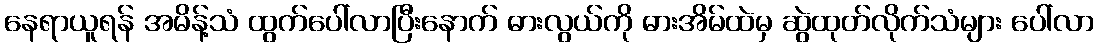
နေရာယူရန် အမိန့်သံ ထွက်ပေါ်လာပြီးနောက် ဓားလွယ်ကို ဓားအိမ်ထဲမှ ဆွဲထုတ်လိုက်သံများ ပေါ်လာ